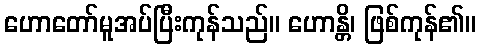
ဟောတော်မူအပ်ပြီးကုန်သည်။ ဟောန္တိ၊ ဖြစ်ကုန်၏။